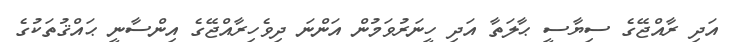
އަދި ރާއްޖޭގެ ސިޔާސީ ޙާލަތާ އަދި ހީނަރުވަމުން އަންނަ ދިވެހިރާއްޖޭގެ އިންސާނީ ޙައްޤުތަކުގެ